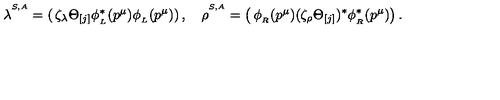
\lambda ^ { ^ { S , A } } = \left( \begin{matrix} { \zeta _ { \lambda } \Theta _ { [ j ] } \phi _ { _ L } ^ { \ast } ( p ^ { \mu } ) } \\ { \phi _ { _ L } ( p ^ { \mu } ) } \\ \end{matrix} \right) , \quad \rho ^ { ^ { S , A } } = \left( \begin{matrix} { \phi _ { _ R } ( p ^ { \mu } ) } \\ { ( \zeta _ { \rho } \Theta _ { [ j ] } ) ^ { \ast } \phi _ { _ R } ^ { \ast } ( p ^ { \mu } ) } \\ \end{matrix} \right) .